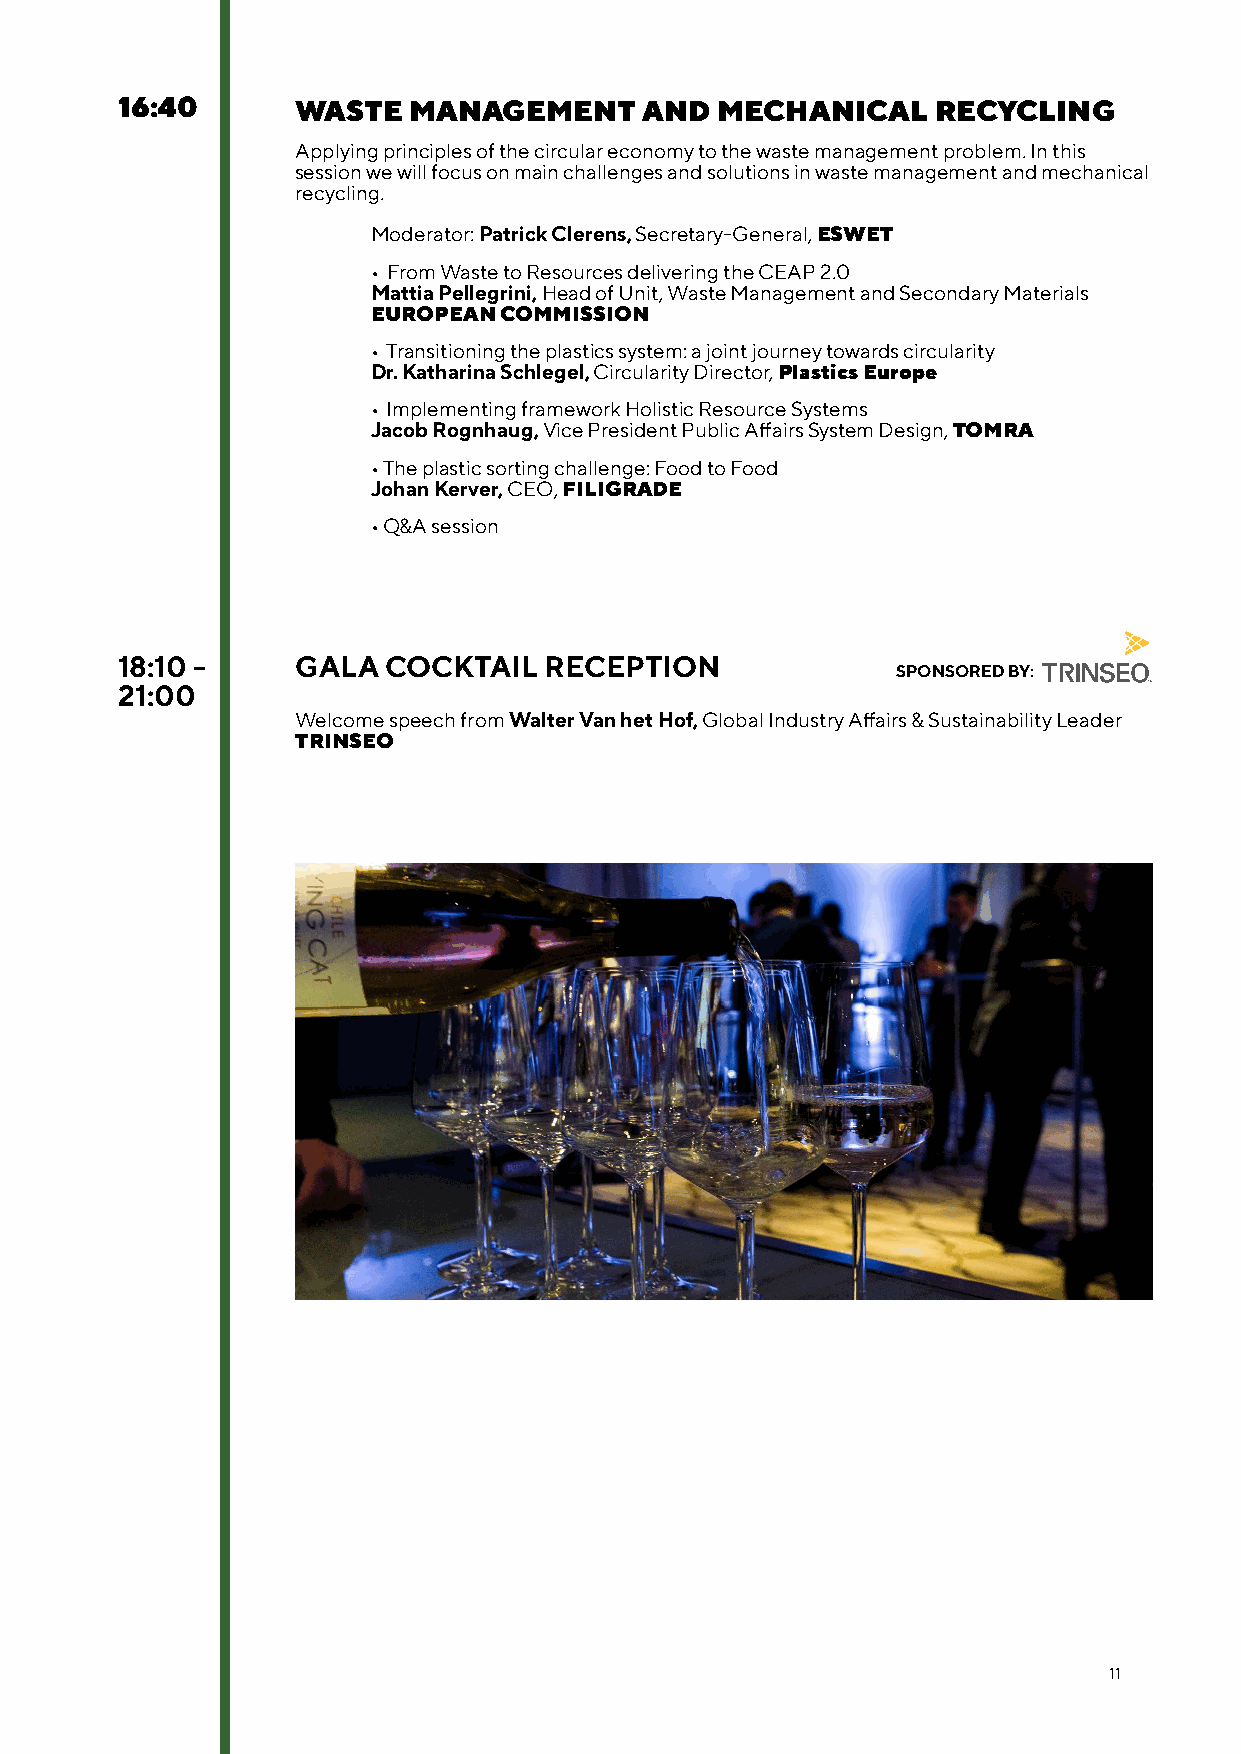
16:40       WASTE  MANAGEMENT      AND MECHANICAL     RECYCLING
 Applying principles of the circular economy to the waste management problem. In this
 session we will focus on main challenges and solutions in waste management and mechanical
 recycling.
 Moderator: Patrick Clerens, Secretary-General, ESWET
 • From Waste to Resources delivering the CEAP 2.0
 Mattia Pellegrini, Head of Unit, Waste Management and Secondary Materials
 EUROPEAN COMMISSION
 • Transitioning the plastics system: a joint journey towards circularity
 Dr. Katharina Schlegel, Circularity Director, Plastics Europe
 • Implementing framework Holistic Resource Systems
 Jacob Rognhaug, Vice President Public Affairs System Design, TOMRA
 • The plastic sorting challenge: Food to Food
 Johan Kerver, CEO, FILIGRADE
 • Q&A session
 18:10 -     GALA COCKTAIL   RECEPTION
 SPONSORED BY:
 21:00
 Welcome speech from Walter Van het Hof, Global Industry Affairs & Sustainability Leader
 TRINSEO
 11